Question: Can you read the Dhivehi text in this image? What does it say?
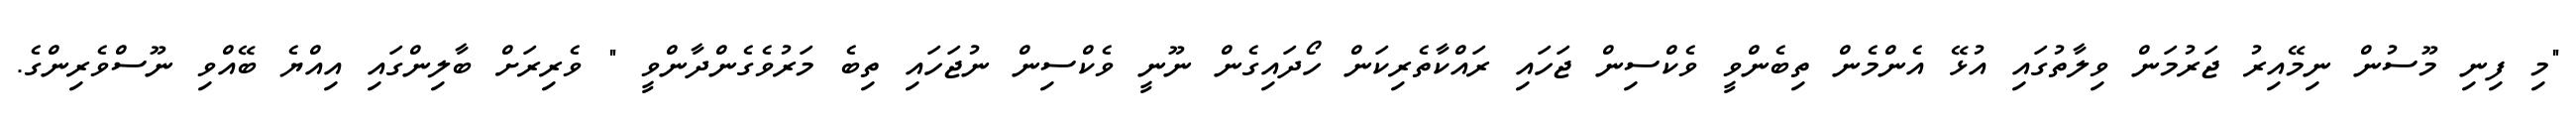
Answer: "މި ފިނި މޫސުން ނިމޭއިރު ޖަރުމަން ވިލާތުގައި އުޅޭ އެންމެން ތިބެންވީ ވެކްސިން ޖަހައި ރައްކާތެރިކަން ހޯދައިގެން ނޫނީ ވެކްސިން ނުޖަހައި ތިބެ މަރުވެގެންދާންވީ " ވެރިރަށް ބާލިންގައި އިއްޔެ ބޭއްވި ނޫސްވެރިންގެ.